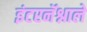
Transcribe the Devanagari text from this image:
इंटरनॅश्नाले